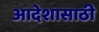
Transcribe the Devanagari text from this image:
आदेशासाठी